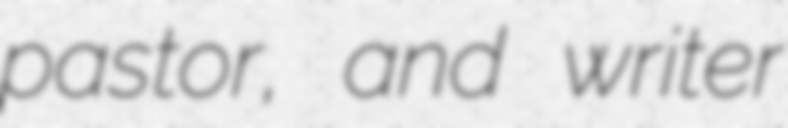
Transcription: pastor, and writer